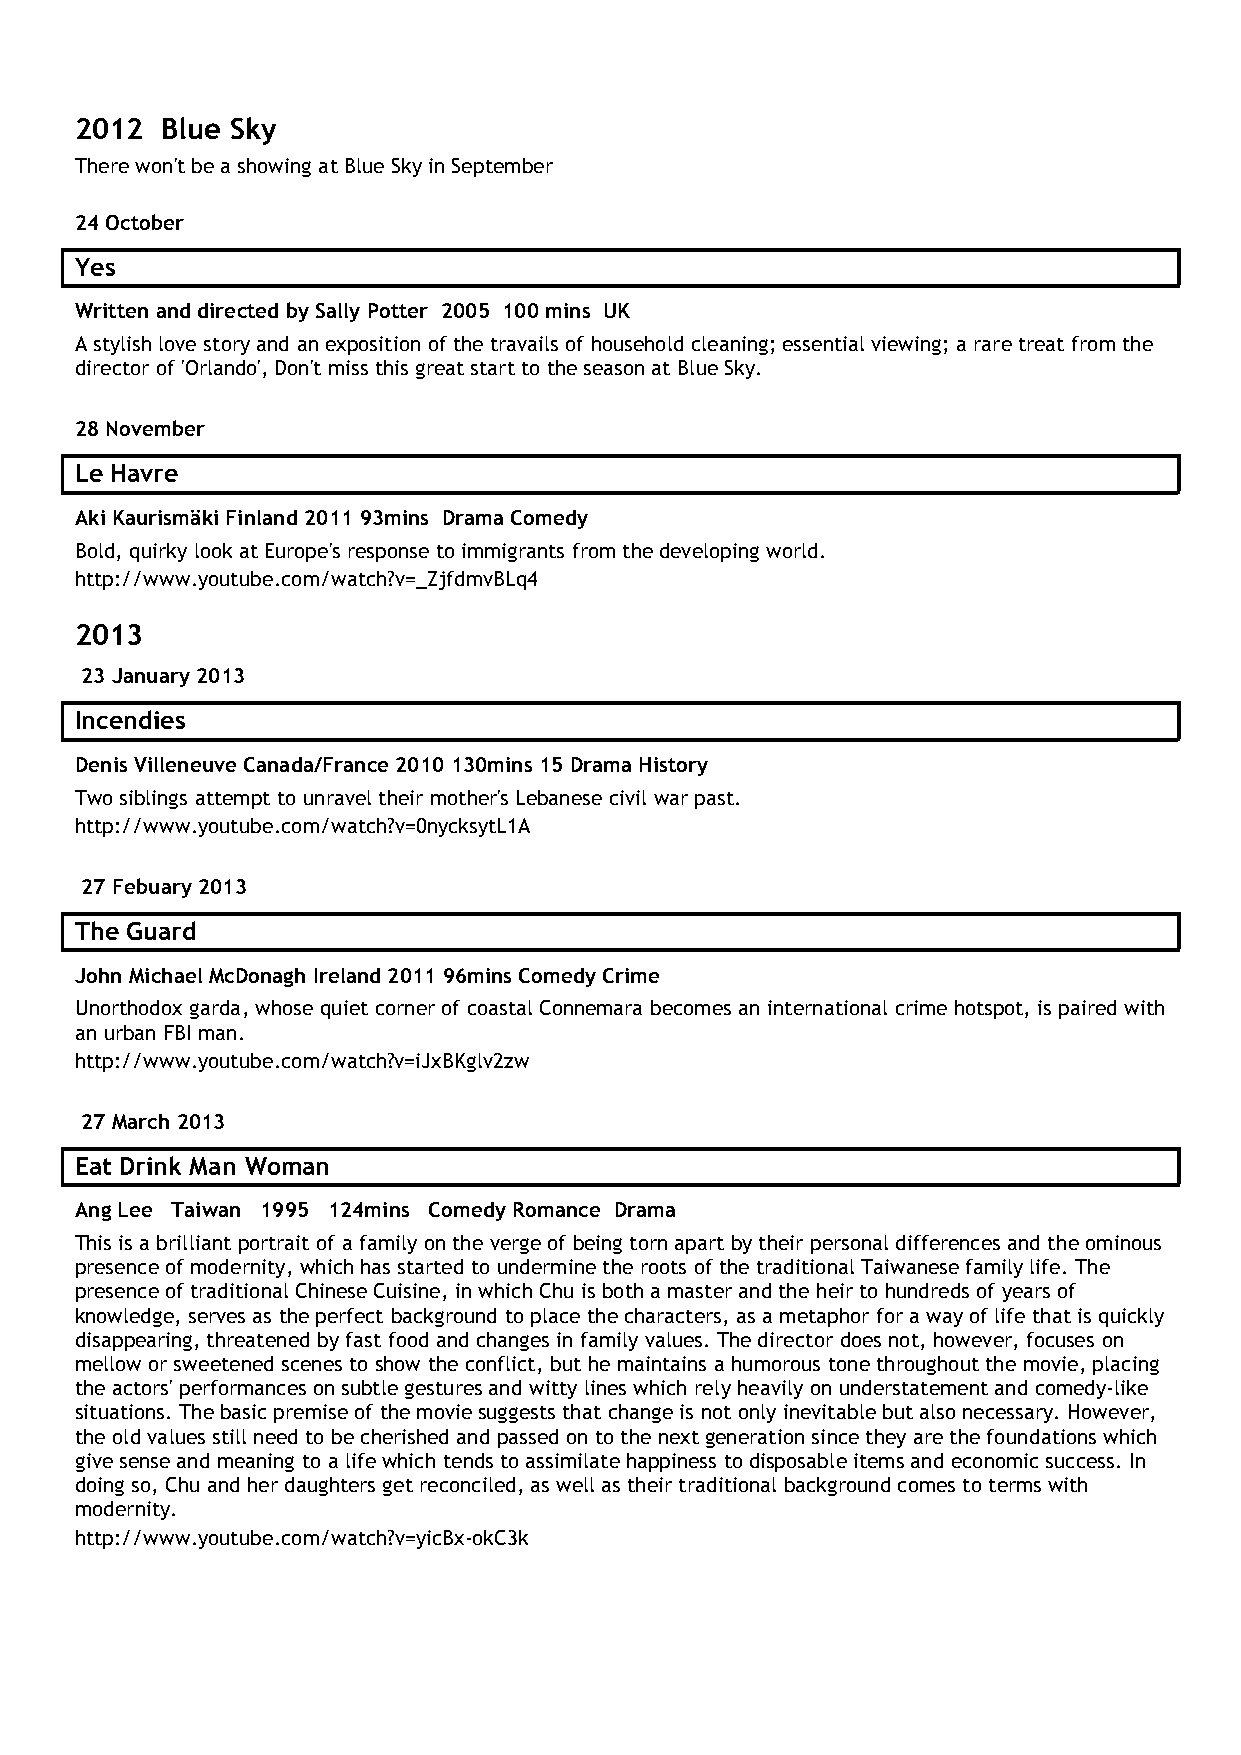
2012  Blue Sky
 There won't be a showing at Blue Sky in September
 24 October
 Yes
 Written and directed by Sally Potter 2005 100 mins UK
 A stylish love story and an exposition of the travails of household cleaning; essential viewing; a rare treat from the
 director of 'Orlando', Don't miss this great start to the season at Blue Sky.
 28 November
 Le Havre
 Aki Kaurismäki Finland 2011 93mins Drama Comedy
 Bold, quirky look at Europe's response to immigrants from the developing world.
 http://www.youtube.com/watch?v=_ZjfdmvBLq4
 2013
 23 January 2013
 Incendies
 Denis Villeneuve Canada/France 2010 130mins 15 Drama History
 Two siblings attempt to unravel their mother's Lebanese civil war past.
 http://www.youtube.com/watch?v=0nycksytL1A
 27 Febuary 2013
 The Guard
 John Michael McDonagh Ireland 2011 96mins Comedy Crime
 Unorthodox garda, whose quiet corner of coastal Connemara becomes an international crime hotspot, is paired with
 an urban FBI man.
 http://www.youtube.com/watch?v=iJxBKglv2zw
 27 March 2013
 Eat Drink Man Woman
 Ang Lee Taiwan 1995 124mins Comedy Romance Drama
 This is a brilliant portrait of a family on the verge of being torn apart by their personal differences and the ominous
 presence of modernity, which has started to undermine the roots of the traditional Taiwanese family life. The
 presence of traditional Chinese Cuisine, in which Chu is both a master and the heir to hundreds of years of
 knowledge, serves as the perfect background to place the characters, as a metaphor for a way of life that is quickly
 disappearing, threatened by fast food and changes in family values. The director does not, however, focuses on
 mellow or sweetened scenes to show the conflict, but he maintains a humorous tone throughout the movie, placing
 the actors' performances on subtle gestures and witty lines which rely heavily on understatement and comedy-like
 situations. The basic premise of the movie suggests that change is not only inevitable but also necessary. However,
 the old values still need to be cherished and passed on to the next generation since they are the foundations which
 give sense and meaning to a life which tends to assimilate happiness to disposable items and economic success. In
 doing so, Chu and her daughters get reconciled, as well as their traditional background comes to terms with
 modernity.
 http://www.youtube.com/watch?v=yicBx-okC3k